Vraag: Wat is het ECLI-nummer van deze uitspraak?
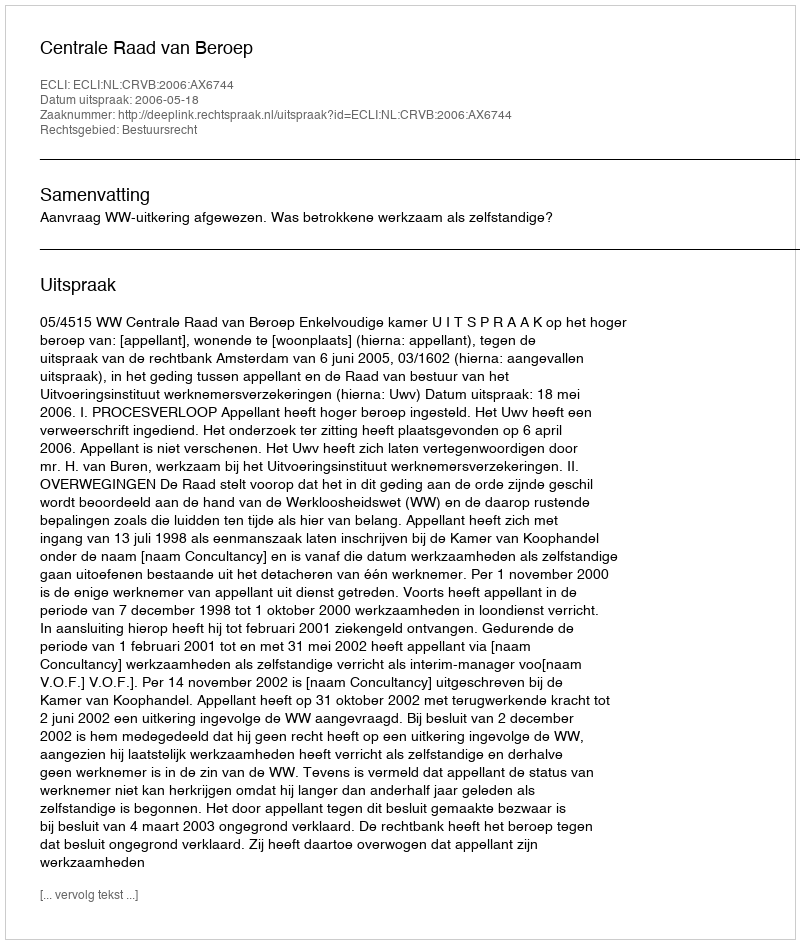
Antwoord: ECLI:NL:CRVB:2006:AX6744